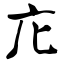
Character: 庀